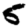
Digit: 5